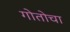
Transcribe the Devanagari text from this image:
गोतोचा